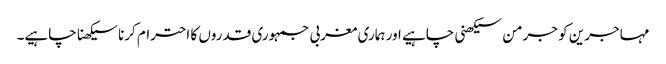
مہاجرین کو جرمن سیکھنی چاہیے اور ہماری مغربی جمہوری قدروں کا احترام کرنا سیکھنا چاہیے۔